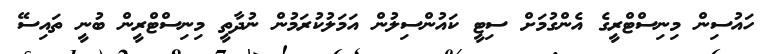
ހައުސިން މިނިސްޓްރީގެ އެންގުމަށް ސިޓީ ކައުންސިލުން އަމަލުކުރަމުން ނުދާތީ މިނިސްޓްރީން ބުނީ ތައިސޭ